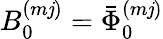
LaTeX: B_{0}^{(m\mathit{j})}=\bar{{\Phi}}_{0}^{(m\mathit{j})}